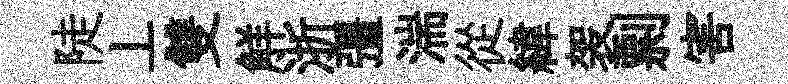
陡丄雙觧浙彊湍從緯袈剽害